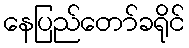
နေပြည်တော်ခရိုင်